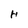
Character: H